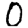
Digit: 0